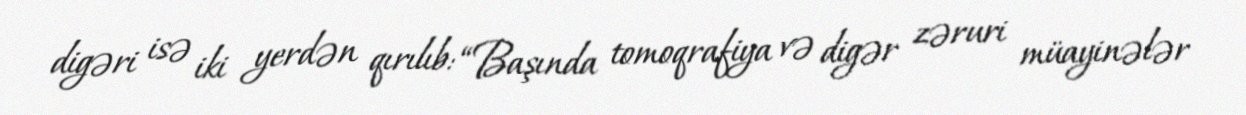
digəri isə iki yerdən qırılıb: “Başında tomoqrafiya və digər zəruri müayinələr